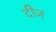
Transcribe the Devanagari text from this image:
दीज